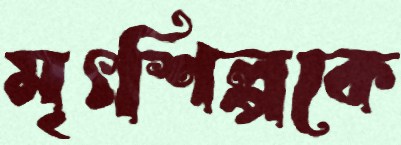
মৃৎশিল্পকে